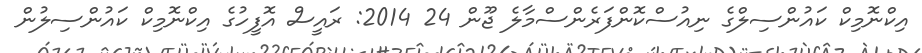
އިކްނޮމިކް ކައުންސިލްގެ ނިއުސްކޮންފަރެންސްމާލެ ޖޫން 24 2014: ރައީސް އޮފީހުގެ އިކްނޮމިކް ކައުންސިލުން